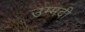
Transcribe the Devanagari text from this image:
उम्मदी